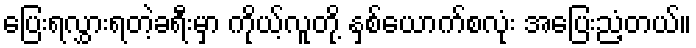
ပြေးရလွှားရတဲ့ခရီးမှာ ကိုယ့်လူတို့ နှစ်ယောက်စလုံး အပြေးညံ့တယ်။